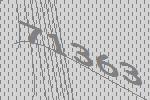
71363